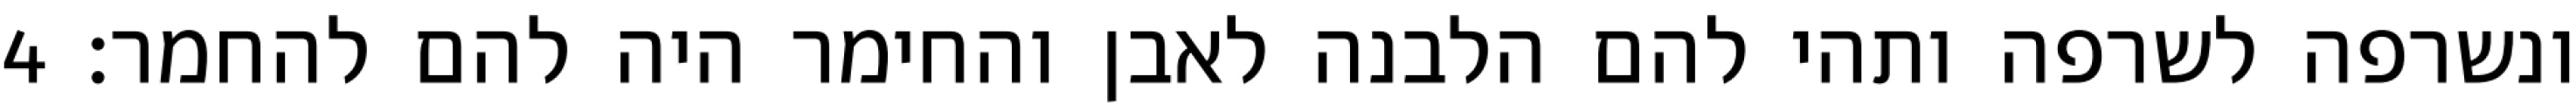
ונשרפה לשרפה ותהי להם הלבנה לאבן והחימר היה להם להחמר׃ ‎4‏